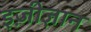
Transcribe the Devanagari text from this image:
इज़ीज्ञान